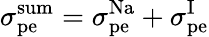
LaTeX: \sigma_{\mathrm{pe}}^{\mathrm{sum}}=\sigma_{\mathrm{pe}}^{\mathrm{Na}}+\sigma_{\mathrm{pe}}^{\mathrm{I}}